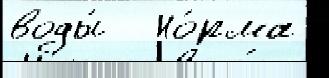
воды́   Но́рма